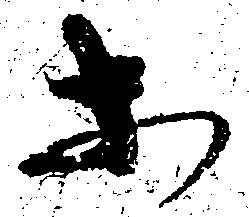
等